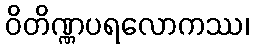
ဝိတိဏ္ဏပရလောကဿ၊